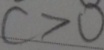
c > 0